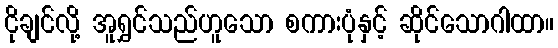
ငိုချင်လို့ အူရွှင်သည်ဟူသော စကားပုံနှင့် ဆိုင်သောဂါထာ။